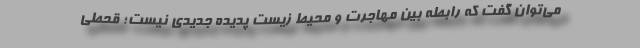
می‌توان گفت که رابطه بین مهاجرت و محیط زیست پدیده جدیدی نیست؛ قحطی